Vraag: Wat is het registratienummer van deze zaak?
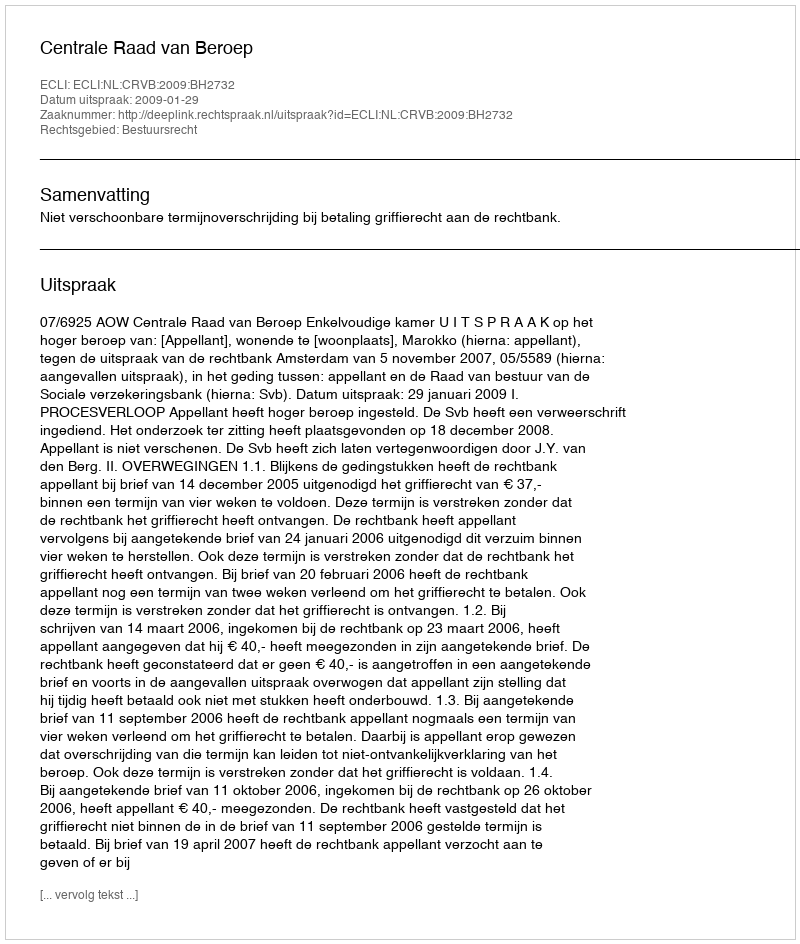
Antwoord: http://deeplink.rechtspraak.nl/uitspraak?id=ECLI:NL:CRVB:2009:BH2732